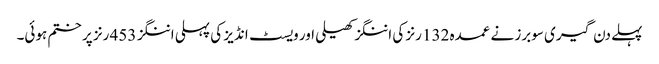
پہلے دن گیری سوبرز نے عمدہ 132 رنز کی اننگز کھیلی اور ویسٹ انڈیز کی پہلی اننگز 453 رنز پر ختم ہوئی۔